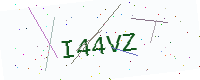
Text: I44VZ